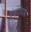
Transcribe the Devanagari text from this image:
एंडराॅयड